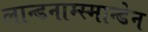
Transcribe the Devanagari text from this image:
लान्डनाम्स्मान्डेन